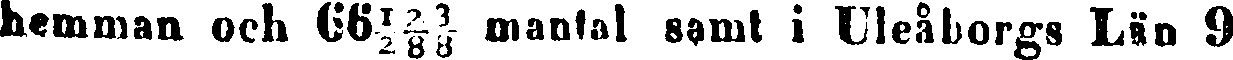
hemman och 66 ½ ²/8 ⅜ mantal samt i Uleåborgs Län 9